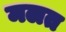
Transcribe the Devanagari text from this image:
मलत